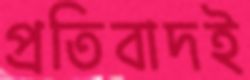
প্রতিবাদই